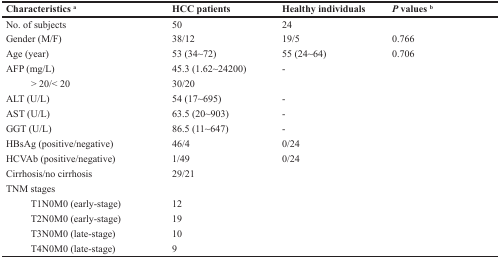
<table><thead><tr><td><b>Characteristics <sup>a</sup></b></td><td><b>HCC patients</b></td><td><b>Healthy individuals</b></td><td><b><i>P</i> values <sup>b</sup></b></td></tr></thead><tbody><tr><td>No. of subjects</td><td>50</td><td>24</td><td></td></tr><tr><td>Gender (M/F)</td><td>38/12</td><td>19/5</td><td>0.766</td></tr><tr><td>Age (year)</td><td>53 (34∼72)</td><td>55 (24∼64)</td><td>0.706</td></tr><tr><td>AFP (mg/L)</td><td>45.3 (1.62∼24200)</td><td>-</td><td></td></tr><tr><td> &gt; 20/&lt; 20</td><td>30/20</td><td></td><td></td></tr><tr><td>ALT (U/L)</td><td>54 (17∼695)</td><td>-</td><td></td></tr><tr><td>AST (U/L)</td><td>63.5 (20∼903)</td><td>-</td><td></td></tr><tr><td>GGT (U/L)</td><td>86.5 (11∼647)</td><td>-</td><td></td></tr><tr><td>HBsAg (positive/negative)</td><td>46/4</td><td>0/24</td><td></td></tr><tr><td>HCVAb (positive/negative)</td><td>1/49</td><td>0/24</td><td></td></tr><tr><td>Cirrhosis/no cirrhosis</td><td>29/21</td><td></td><td></td></tr><tr><td>TNM stages</td><td></td><td></td><td></td></tr><tr><td> T1N0M0 (early-stage)</td><td>12</td><td></td><td></td></tr><tr><td> T2N0M0 (early-stage)</td><td>19</td><td></td><td></td></tr><tr><td> T3N0M0 (late-stage)</td><td>10</td><td></td><td></td></tr><tr><td> T4N0M0 (late-stage)</td><td>9</td><td></td><td></td></tr></tbody></table>